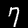
Digit: 7